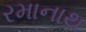
રમાનાથ